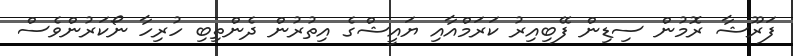
ފަރޫޝާ ރޮމުން ސިޑިން ފޭބިއިރު ކަރަމްއާއި ޔައީޝްގެ އިތުރުން ދެންތިބި ހުރިހާ ނޯކަރުންވެސް